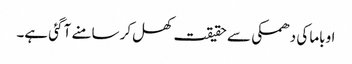
اوباما کی دھمکی سے حقیقت کھل کر سامنے آ گئی ہے۔